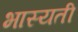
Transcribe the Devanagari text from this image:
भास्यती